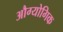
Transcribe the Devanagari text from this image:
औग्योगिक